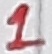
Text: 1